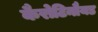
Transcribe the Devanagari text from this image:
कैरोटिनौयड